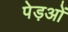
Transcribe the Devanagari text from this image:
पेड़ओं